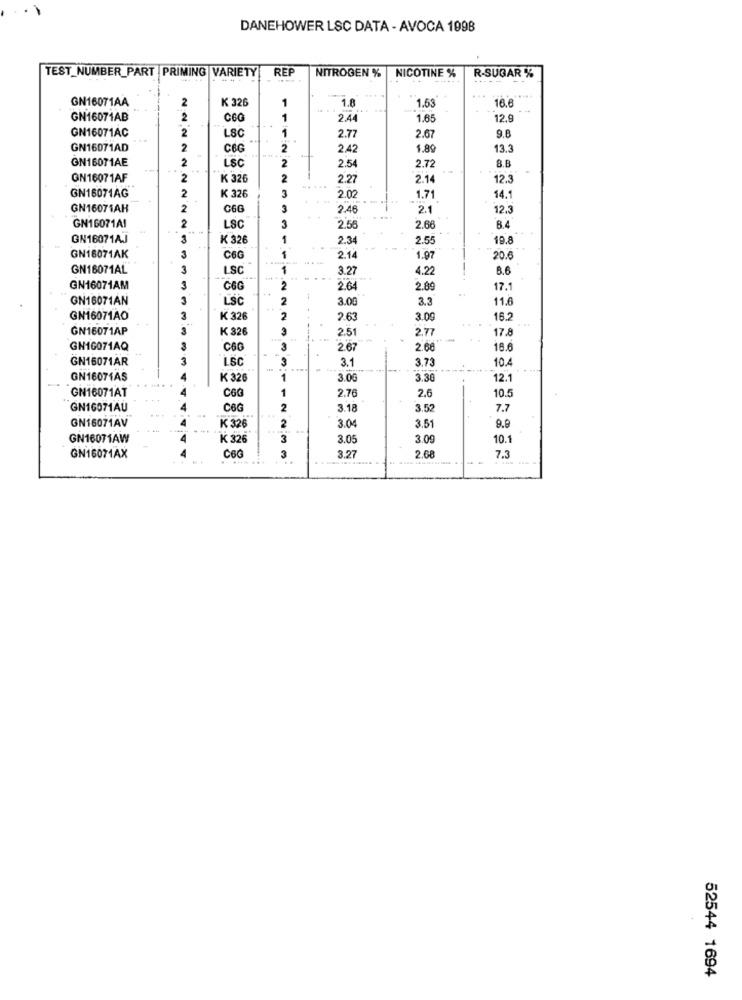
DANEHOWER LSC DATA - AVOCA 1998
TEST_NUMBER_PART PRIMING VARIETY
REP
NITROGEN %
NICOTINE %
R-SUGAR %
GN16071AA
2
K 326
1
1.8
1.53
16.6
GN16071AB
2
CGG
1
2.44
1.65
12.9
GN16071AC
LSC
1
2.67
2
2.77
9.8
GN16071AD
2
CEG
2
2.42
1.89
13.3
GN16071AE
2
LSC
2
2.72
8.B
2.54
GN16071AF
K 326
2
2.27
2.14
12.3
2
GN16071AG
K 326
3
2.02
1.71
14.1
GN16071AH
2
C6G
3
2.46
2.1
12.3
2
GN16071A1
LSC
3
2.58
2.66
8.4
GN16071AJ
3
K 326
1
2.34
2.55
19.8
GN16071AK
3
C6G
2.14
1.97
20.6
GN16071AL
3
LSC
1
3.27
4.22
6.6
GN16071AM
3
C6G
2
2.64
2.89
17.1
GN16071AN
3
LSC
2
3.00
3.3
11.6
GN16071AO
3
K 326
2
.+
26
3.09
16.2
GN16071AP
3
K 326
3
2.51
2.77
17.8
GN16071AQ
C60
3
2.67
2.68
16.6
GN16071AR
LSC
3
3.1
3.73
10.4
GN16071AS
K 326
1
3.0G
3.30
12.1
CGG
1
2.6
10.5
GN16071AT
2.76
GN16071AU
C6G
2
3.18
3.52
7.7
GN16071AV
3.04
3.51
K 326
2
9.9
GN16071AW
K 326
3
3.05
3.0
10.1
C6G
2.68
GN16071AX
3
3.27
7.3
52544 1694